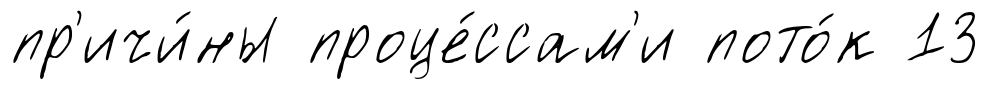
пр'ичи́ны проце́ссам'и пото́к 13